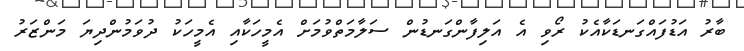
ބާރު އަޑުފައްގަނޑަކާއެކު ރޯވި އެ އަލިފާންގަނޑުން ސަލާމަތްވުމަށް އެމީހަކާއި އެމީހަކު ދުވަމުންދިޔަ މަންޒަރު